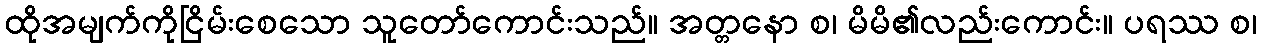
ထိုအမျက်ကိုငြိမ်းစေသော သူတော်ကောင်းသည်။ အတ္တနော စ၊ မိမိ၏လည်းကောင်း။ ပရဿ စ၊